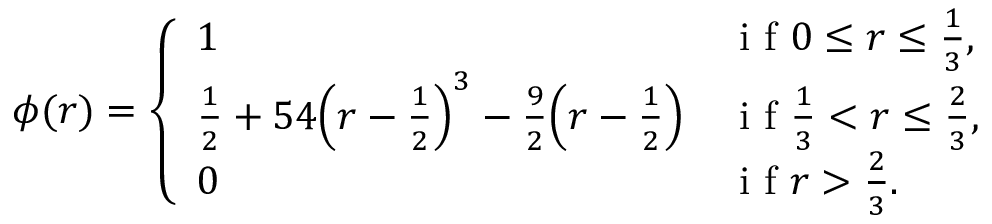
\phi ( r ) = \left\{ \begin{array} { l l } { 1 } & { \mathrm { ~ i ~ f ~ } 0 \leq r \leq \frac { 1 } { 3 } , } \\ { \frac { 1 } { 2 } + 5 4 \Big ( r - \frac { 1 } { 2 } \Big ) ^ { 3 } - \frac { 9 } { 2 } \Big ( r - \frac { 1 } { 2 } \Big ) } & { \mathrm { ~ i ~ f ~ } \frac { 1 } { 3 } < r \leq \frac { 2 } { 3 } , } \\ { 0 } & { \mathrm { ~ i ~ f ~ } r > \frac { 2 } { 3 } . } \end{array} \right.